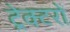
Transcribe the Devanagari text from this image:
ट्रेक्टरों